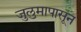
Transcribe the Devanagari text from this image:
जुलुमापासून